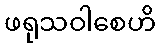
ဖရုသဝါစေဟိ